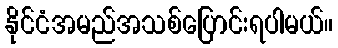
နိုင်ငံအမည်အသစ်ပြောင်းရပါမယ်။